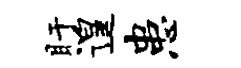
盱遑患